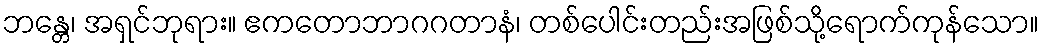
ဘန္တေ၊ အရှင်ဘုရား။ ဧကတောဘာဂဂတာနံ၊ တစ်ပေါင်းတည်းအဖြစ်သို့ရောက်ကုန်သော။